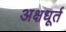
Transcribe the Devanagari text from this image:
अक्षधूर्त